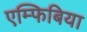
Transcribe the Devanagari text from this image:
एम्फिबिया